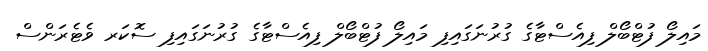
މައިލޯ ފުޓްބޯލް ފިއެސްޓާގެ ގުރުނަގައިފި މައިލޯ ފުޓްބޯލް ފިއެސްޓާގެ ގުރުނަގައިފި ސޮކަރ ވެޓެރަންސް